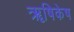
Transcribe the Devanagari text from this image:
ॠषिकेष